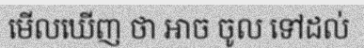
មើលឃើញ ថា អាច ចូល ទៅដល់